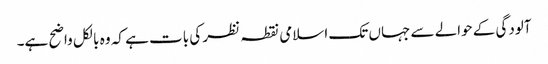
آلودگی کے حوالے سے جہاں تک اسلامی نقطہ نظر کی بات ہے کہ وہ بالکل واضح ہے۔